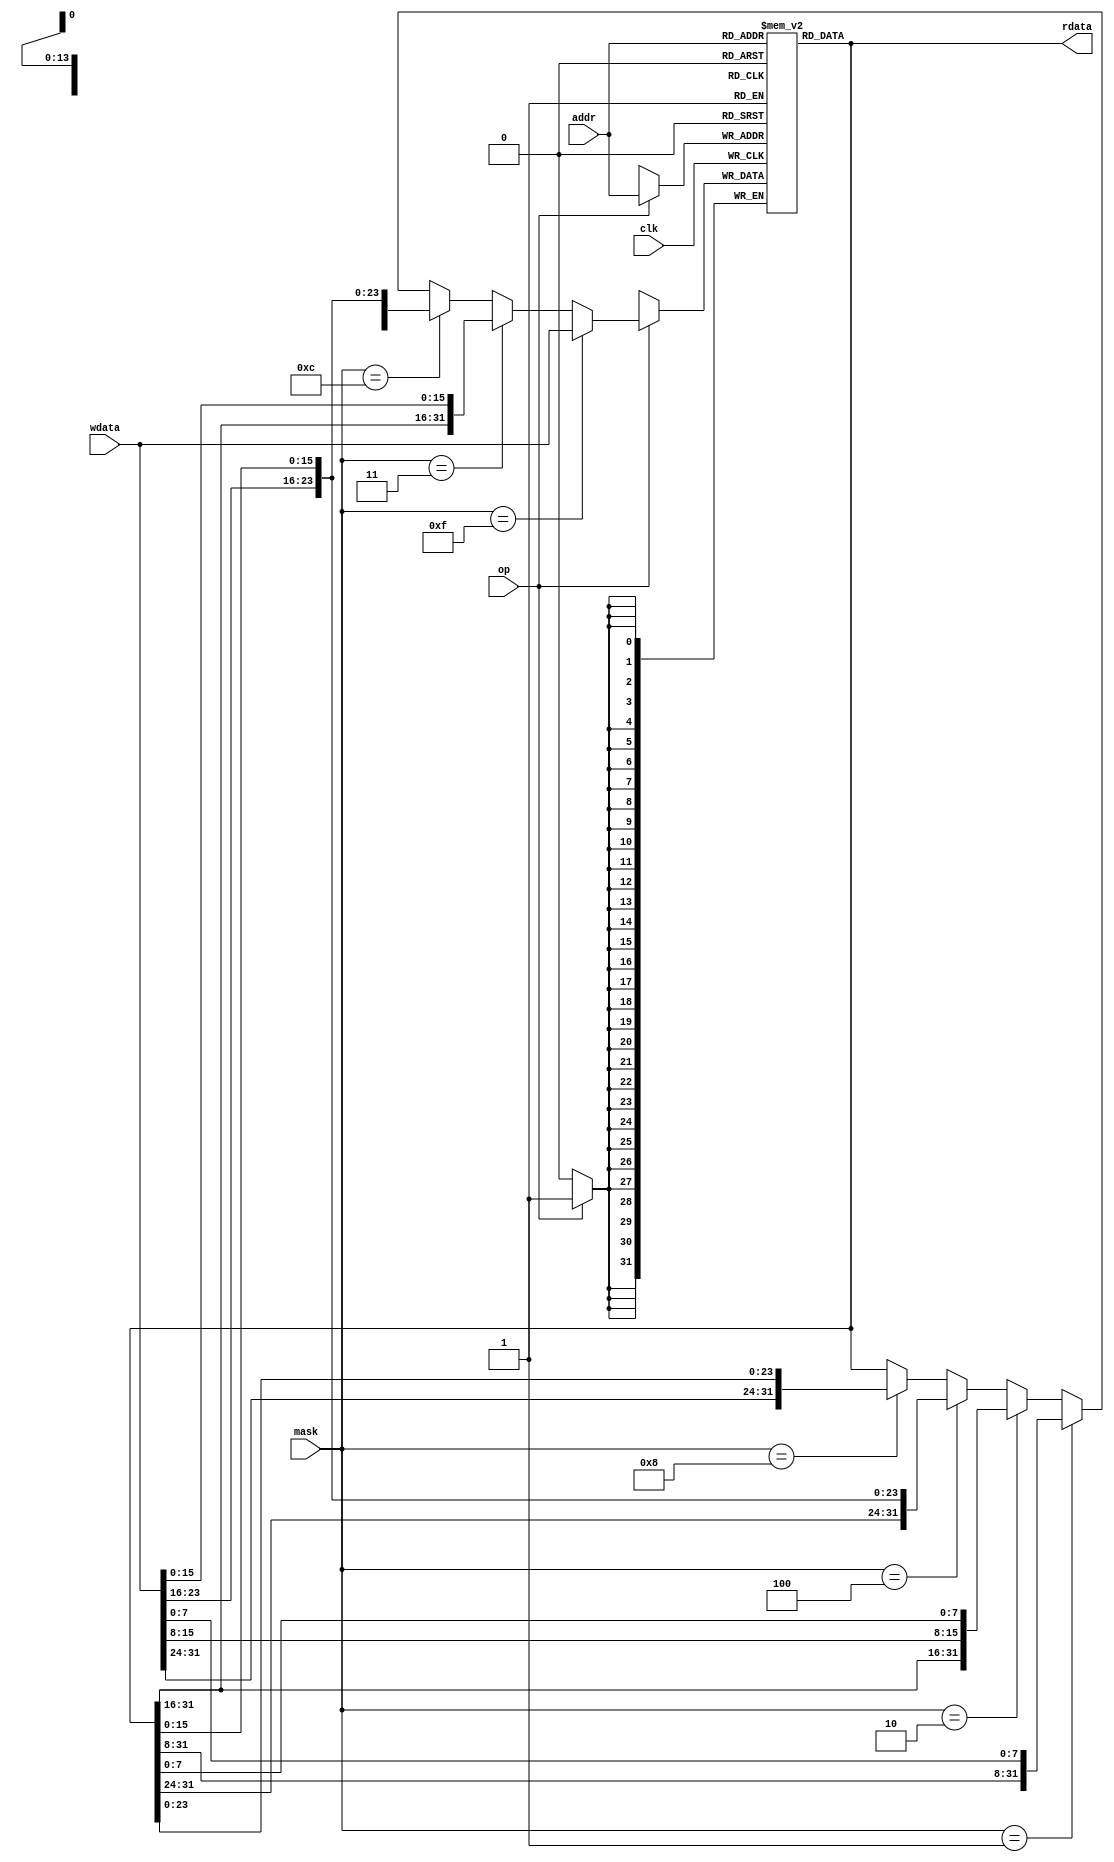
// This program was cloned from: https://github.com/T-K-233/RISC-V-Single-Cycle-CPU
// License: MIT License

module RAM_Simple #(
  parameter DEPTH = 16384
)(
   input clk,

   input  [13:0]  addr,
   input          op,
   input  [3:0]   mask,
   input  [31:0]  wdata,
   output [31:0]  rdata
);
  // See page 133 of the Vivado Synthesis Guide for the template
  // https://www.xilinx.com/support/documentation/sw_manuals/xilinx2016_4/ug901-vivado-synthesis.pdf

  reg [31:0] mem [DEPTH-1:0];

  assign rdata = mem[addr];

  always @(posedge clk) begin  
    if (op == 'b1) begin
      mem[addr] <= (
        (mask == 'b1111) ? wdata :
        (mask == 'b0011) ? {mem[addr][31:16], wdata[15:0]} :
        (mask == 'b1100) ? {wdata[31:16], mem[addr][15:0]} :
        (mask == 'b0001) ? {mem[addr][31:8], wdata[7:0]} :
        (mask == 'b0010) ? {mem[addr][31:16], wdata[15:8], mem[addr][7:0]} :
        (mask == 'b0100) ? {mem[addr][31:24], wdata[23:16], mem[addr][15:0]} :
        (mask == 'b1000) ? {wdata[31:24], mem[addr][23:0]} :
        mem[addr]
      );
    end
  end
endmodule